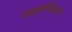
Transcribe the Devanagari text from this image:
तत्त्वचिंतनाचे